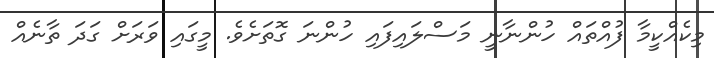
މިކެއްކީމާ ފުއްތައް ހުންނާނީ މަސްލައިފައި ހުންނަ ގޮތަށެވެ. މީގައި ވަރަށް ގަދަ ތާނެއް